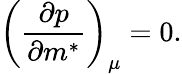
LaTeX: \left(\frac{\partial p}{\partial m^{*}}\right)_{\mu}=0.